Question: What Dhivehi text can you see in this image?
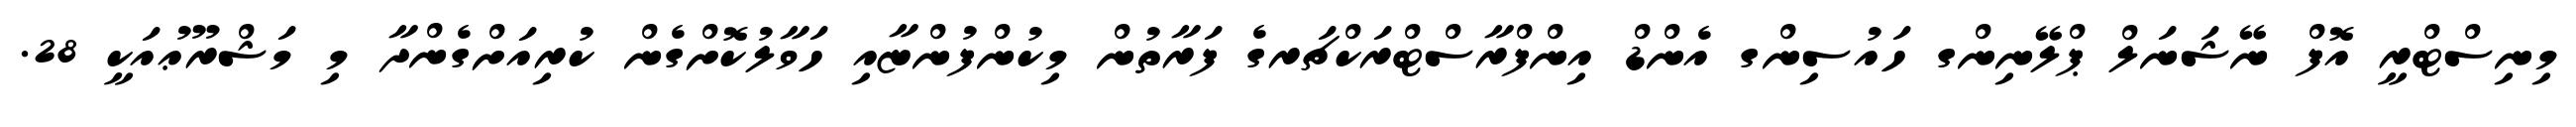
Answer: މިނިސްޓްރީ އޮފް ނޭޝަނަލް ޕްލޭނިންގ ހައުސިންގ އެންޑް އިންފްރާސްޓްރަކްޗަރގެ ފަރާތުން މިކުންފުންޏާއި ހަވާލުކޮށްގެން ކުރިއަށްގެންދާ މި މަޝްރޫޢުއަކީ 28.